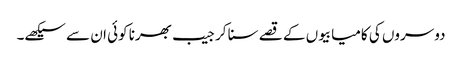
دوسروں کی کامیابیوں کے قصے سنا کر جیب بھرنا کوئی ان سے سیکھے۔